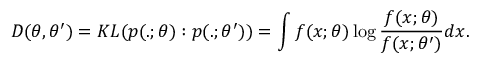
D ( \theta , \theta ^ { \prime } ) = K L ( p ( . ; \theta ) : p ( . ; \theta ^ { \prime } ) ) = \int f ( x ; \theta ) \log { \frac { f ( x ; \theta ) } { f ( x ; \theta ^ { \prime } ) } } d x .